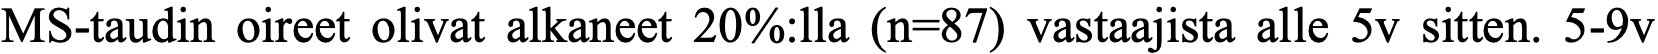
MS-taudin oireet olivat alkaneet 20%:lla (n=87) vastaajista alle 5v sitten. 5-9v